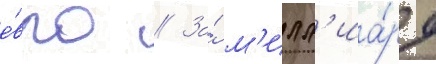
е́вро // За́ м'илл'иа́рд